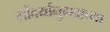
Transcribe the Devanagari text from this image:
सौंदर्यानुभवाच्या